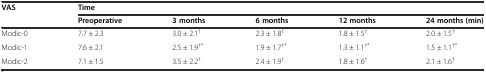
<table><thead><tr><td rowspan="2"><b>VAS</b></td><td colspan="5"><b>Time</b></td></tr><tr><td><b>Preoperative</b></td><td><b>3 months</b></td><td><b>6 months</b></td><td><b>12 months</b></td><td><b>24 months (min)</b></td></tr></thead><tbody><tr><td>Modic-0</td><td>7.7 ± 2.3</td><td>3.0 ± 2.1<sup>†</sup></td><td>2.3 ± 1.8<sup>†</sup></td><td>1.8 ± 1.5<sup>†</sup></td><td>2.0 ± 1.5<sup>†</sup></td></tr><tr><td>Modic-1</td><td>7.6 ± 2.1</td><td>2.5 ± 1.9<sup>†*</sup></td><td>1.9 ± 1.7<sup>†*</sup></td><td>1.3 ± 1.1<sup>†*</sup></td><td>1.5 ± 1.1<sup>†*</sup></td></tr><tr><td>Modic-2</td><td>7.1 ± 1.5</td><td>3.5 ± 2.2<sup>†</sup></td><td>2.4 ± 1.9<sup>†</sup></td><td>1.8 ± 1.6<sup>†</sup></td><td>2.1 ± 1.6<sup>†</sup></td></tr></tbody></table>